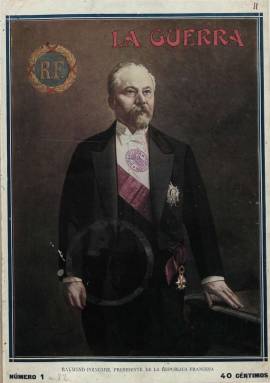
Título: La Guerra ilustrada
Otros títulos: Guerra
Colección: Fuerzas armadas
Ámbito geográfico: Barcelona
Lugar de publicación: Barcelona
Fechas: 01/01/1915-31/12/1920

Publicación que, con periodicidad decenal, dirigió y redactó el historiador Augusto Riera sobre los antecedentes y el desarrollo de la primera guerra mundial. Se trata de fascículos, sin fechar, que no alcanzan la veintena de páginas cada uno. Sus artículos y crónicas versan sobre la evolución de las campañas y operaciones militares, el armamento, fortificaciones, batallas, frentes, trincheras y retaguardia. La portada es ocupada totalmente por una fotografía, generalmente de retratos de altos mandatarios y jefes militares. En el interior inserta numerosas láminas, mapas y fotografías, generalmente de la agencia Central News, tanto de los frentes como de la retaguardia y jefes de estado y de gobierno europeos.